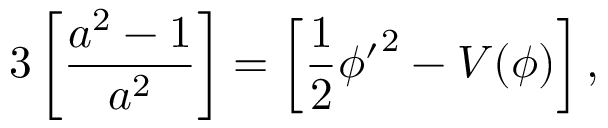
3 \left[ \frac { a ^ { 2 } - 1 } { a ^ { 2 } } \right] = \left[ \frac { 1 } { 2 } { \phi ^ { \prime } } ^ { 2 } - V ( \phi ) \right] ,